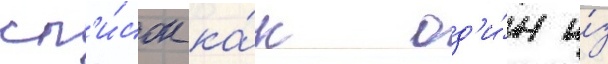
сп'и́сок ка́к од'и́н и́з